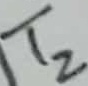
Text: T2